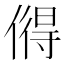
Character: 𫣓